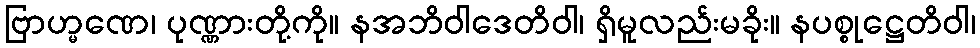
ဗြာဟ္မဏေ၊ ပုဏ္ဏားတို့ကို။ နအဘိဝါဒေတိဝါ၊ ရှိမူလည်းမခိုး။ နပစ္စုဋ္ဌေတိဝါ၊